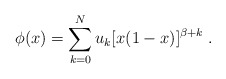
\begin{align*}\phi (x) = \sum_{k=0}^N u_k [x(1-x)]^{\beta + k} \; . \end{align*}